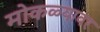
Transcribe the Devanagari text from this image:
मोकळ्यावर